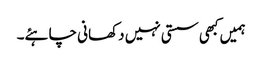
ہمیں کبھی سستی نہیں دکھانی چاہئے۔